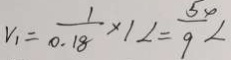
v _ { 1 } = \frac { 1 } { 0 . 1 8 } \times 1 2 = \frac { 5 4 } { 9 } <